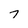
Character: 7